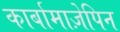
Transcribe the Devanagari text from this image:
कार्बामाज़ेपिन